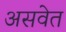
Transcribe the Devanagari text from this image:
असवेत